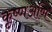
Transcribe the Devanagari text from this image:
कृष्णअणि